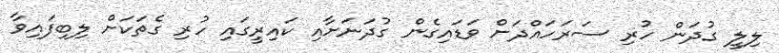
ލިލީ ގުދަން ހުރި ސަރަހައްދަށް ވަޑައިގެން ގުދަނަށާއި ކައިރީގައި ހުރި ގެތަކަށް ލިބިފައިވާ